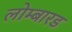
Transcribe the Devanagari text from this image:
लोम्बारड